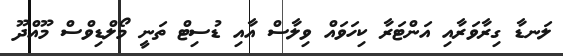
ލަނޑާ ގިރާވަރާއި އަންޓަރާ ކިހަވައް ވިލާސް އާއި ޑުސިޓް ތަނީ މޯލްޑިވްސް މޫއްދޫ